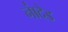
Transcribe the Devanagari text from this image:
ना॑देड